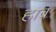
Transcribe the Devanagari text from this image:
हाब